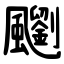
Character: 䬟